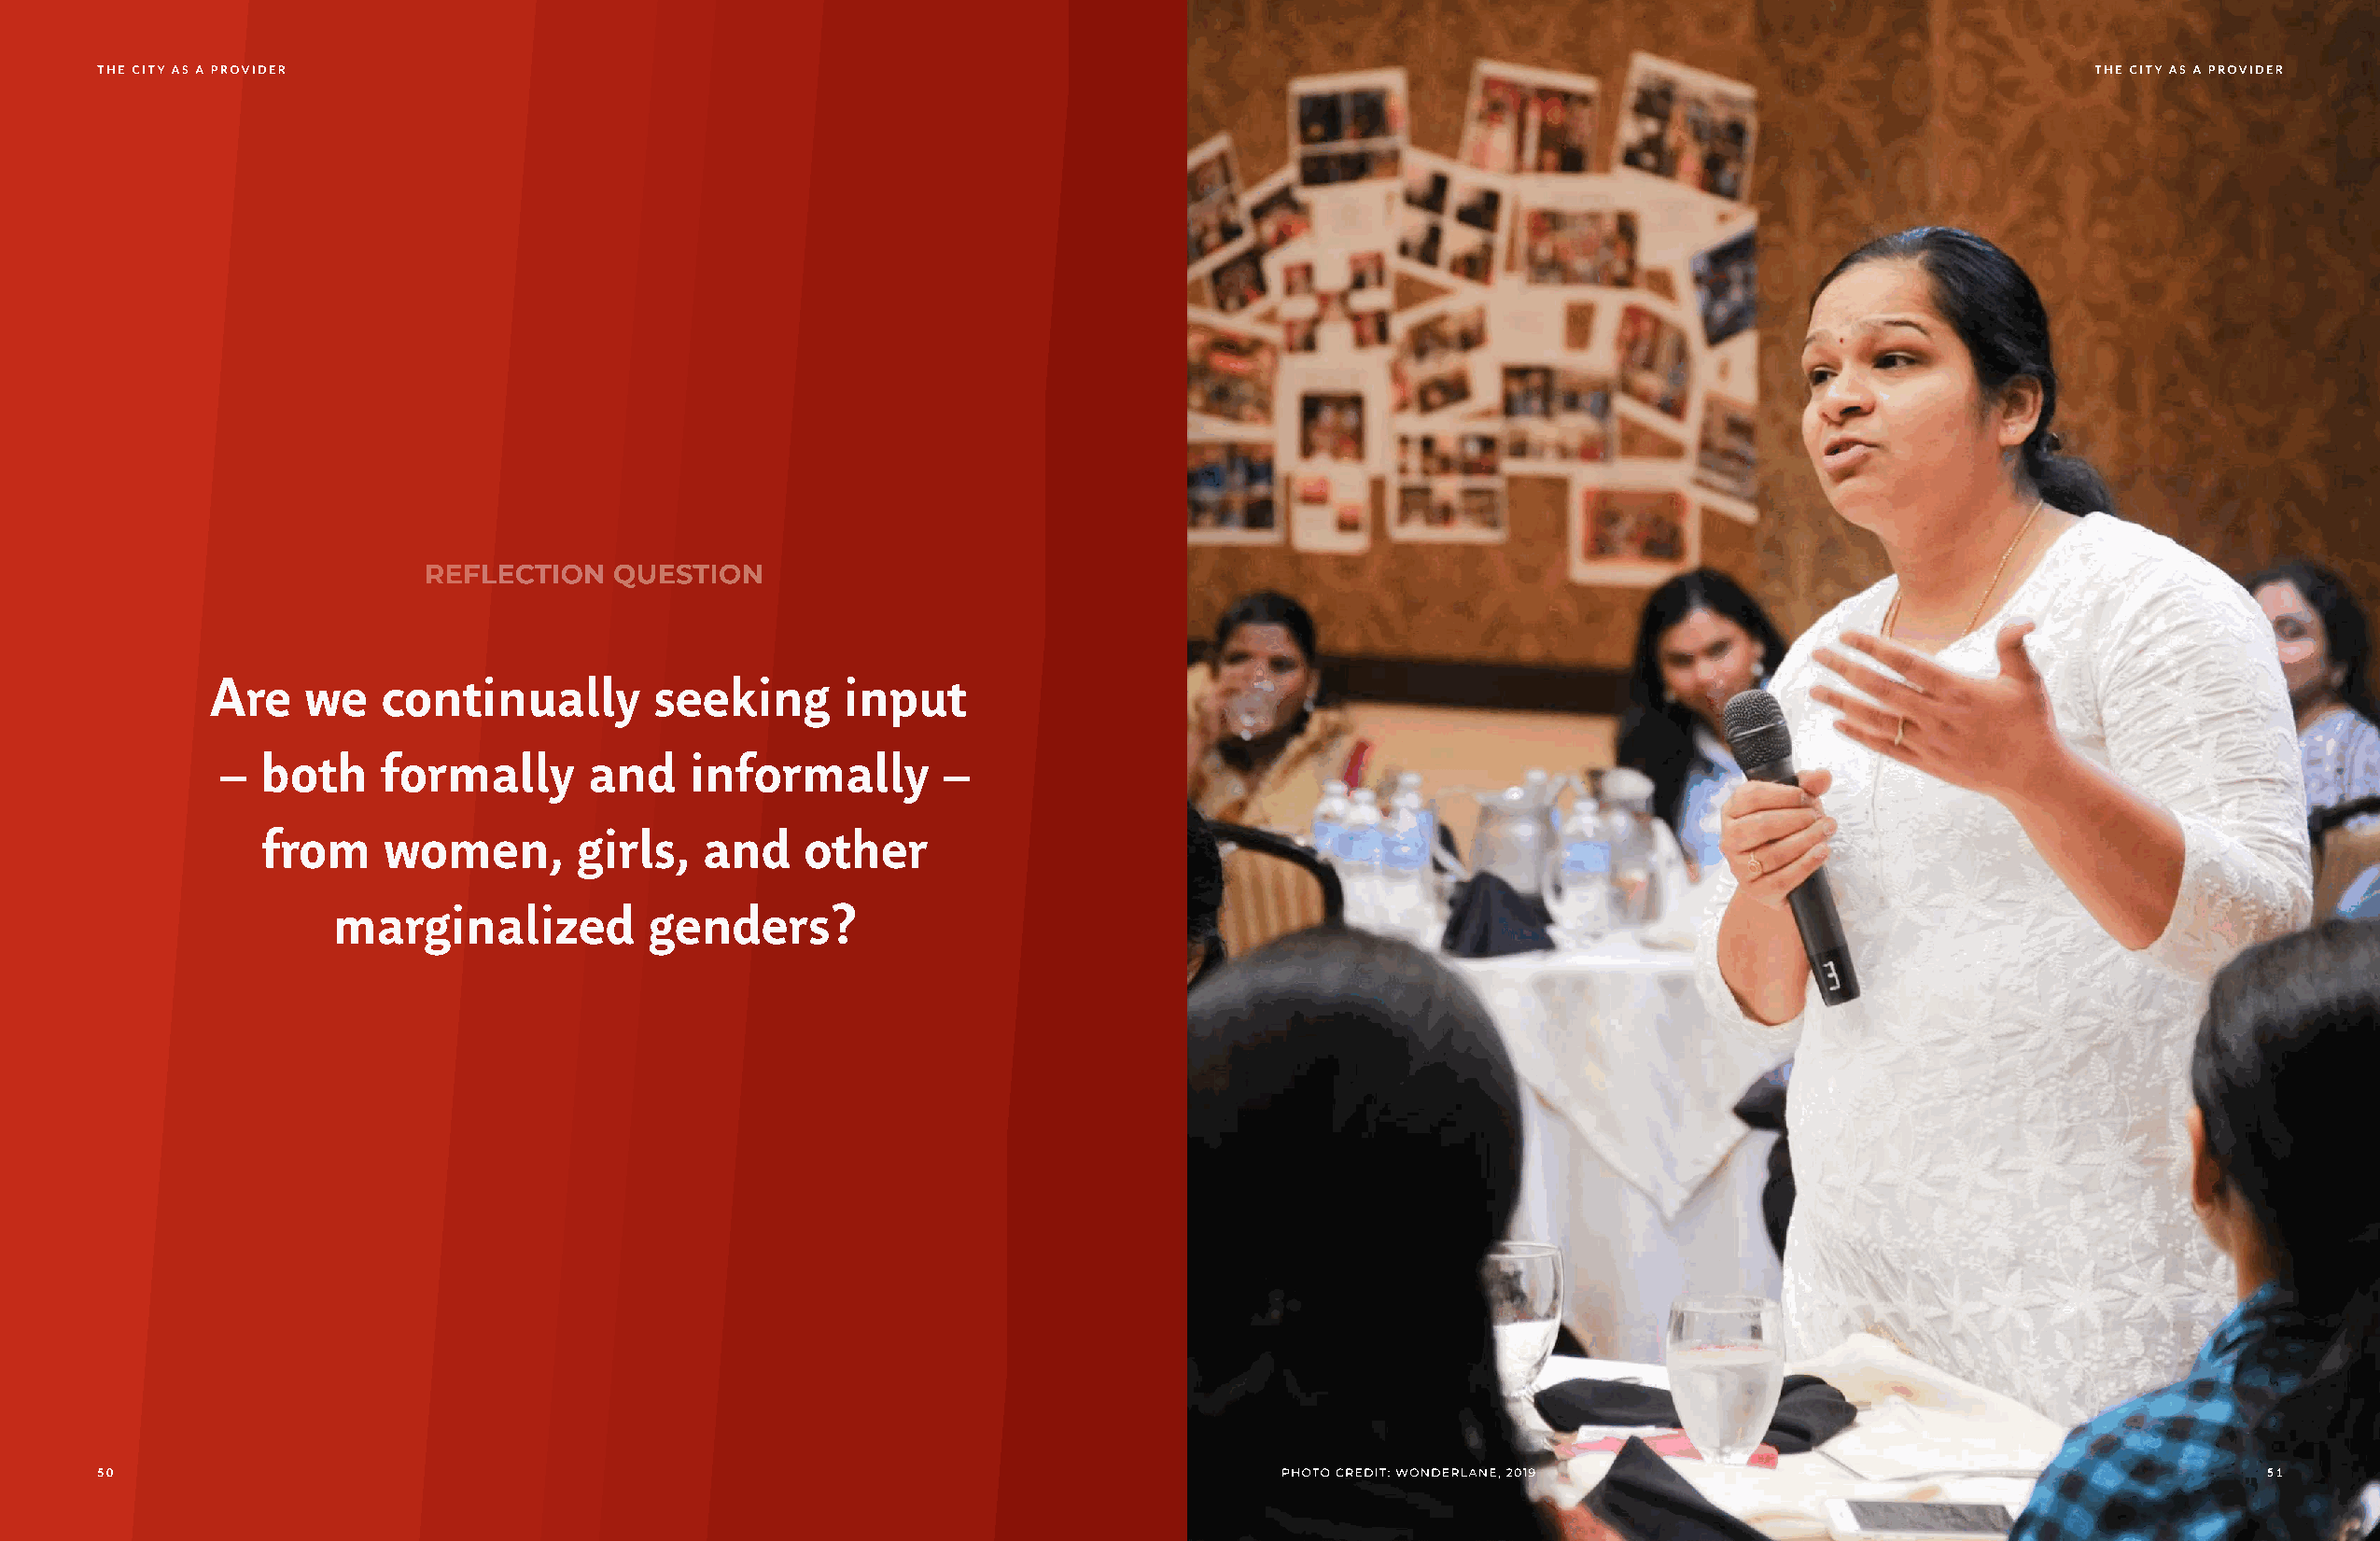
THE CITY AS A PROVIDER                                                                                                                        THE CITY AS A PROVIDER
 Are    we   continually        seeking       input
 –  both    formally       and    informally        –
 from    women,        girls,   and    other
 marginalized          genders?
 50                                                                                  photo credit: wonderlane, 2019                                        51